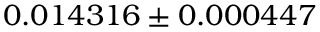
0 . 0 1 4 3 1 6 \pm 0 . 0 0 0 4 4 7